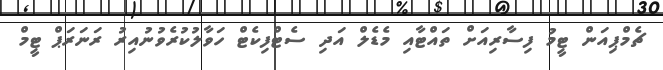
ޗެމްޕިއަން ޓީމު ފިސާރިއަށް ތައްޓާއި މެޑެލް އަދި ސެޓްފިކެޓް ހަވާލުކުރެވުނުއިރު ރަނަރަޕް ޓީމް